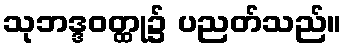
သုဘဒ္ဒဝတ္ထု၌ ပညတ်သည်။